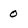
Character: 0